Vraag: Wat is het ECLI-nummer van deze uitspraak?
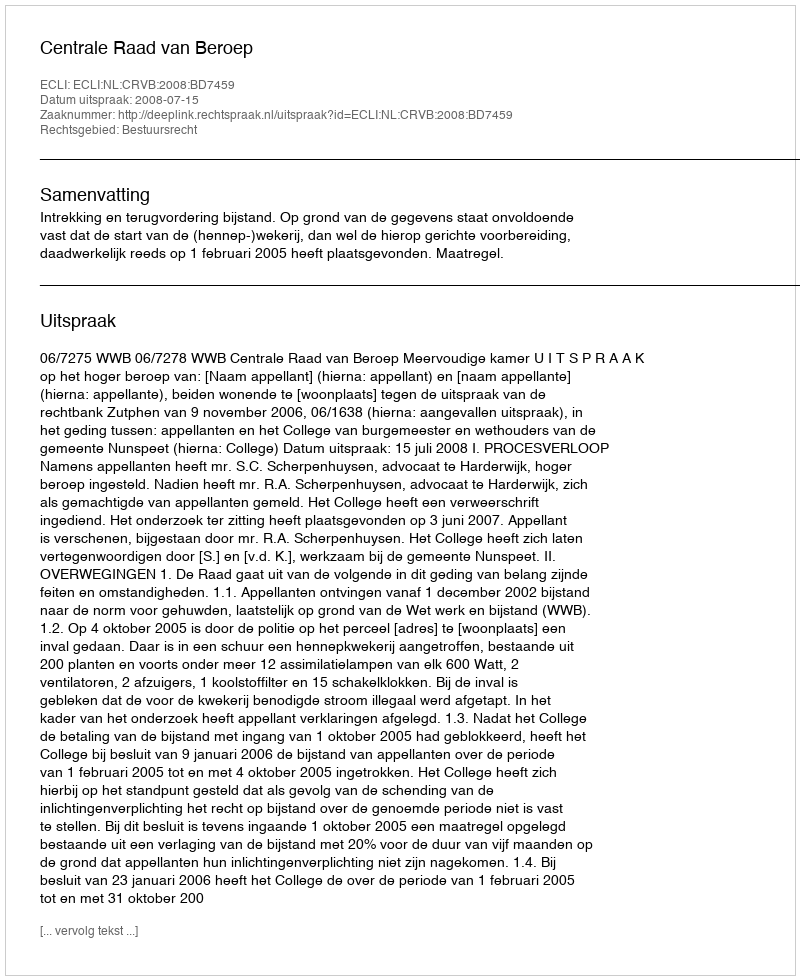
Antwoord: ECLI:NL:CRVB:2008:BD7459